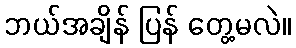
ဘယ်အချိန် ပြန် တွေ့မလဲ။